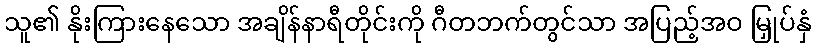
သူ၏ နိုးကြားနေသော အချိန်နာရီတိုင်းကို ဂီတဘက်တွင်သာ အပြည့်အဝ မြှုပ်နှံ